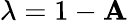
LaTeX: \lambda=1-\mathbf{A}